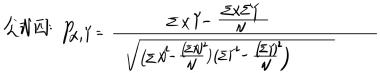
公式为: $\rho_{X,Y}=\frac{\sum X Y-\frac{\sum X \sum Y}{N}}{\sqrt{\left(\sum X^{2}-\frac{(\sum X)^{2}}{N}\right)\left(\sum Y^{2}-\frac{(\sum Y)^{2}}{N}\right)}}$